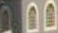
000